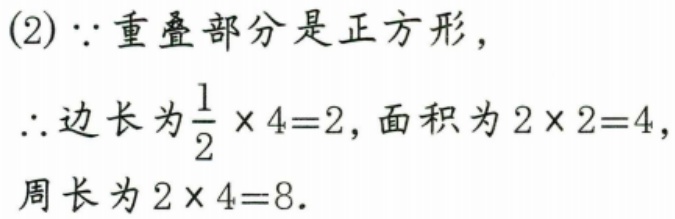
(2)\(\because\)重叠部分是正方形，
\(\therefore\)边长为\(\frac{1}{2}\times4 = 2\)，面积为\(2\times2 = 4\)，
周长为\(2\times4 = 8\).